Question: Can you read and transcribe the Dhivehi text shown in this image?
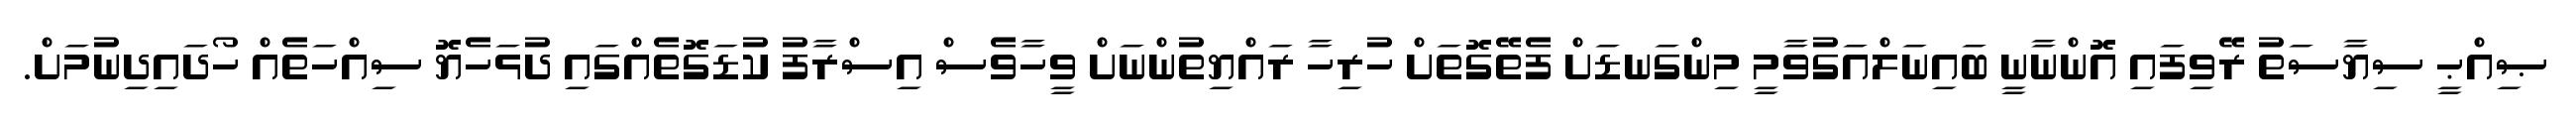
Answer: ޞިއްޙީ ސިޔާސަތު ރޭވިފައި އޮންނާނީ ބައިނަލްއަގުވާމީ މިންގަނޑަށް ފެތޭގޮތަށް ހުރިހާ ރައްޔިތުންނަށް ވީހާވެސް އިސްރާފު ކުޑަގޮތެއްގައި ދުޅަހެޔޮ ސިއްހަތެއް ހޯދައިދިނުމަށް.